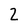
Character: 2